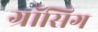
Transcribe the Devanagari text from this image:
ग्रॉसिग